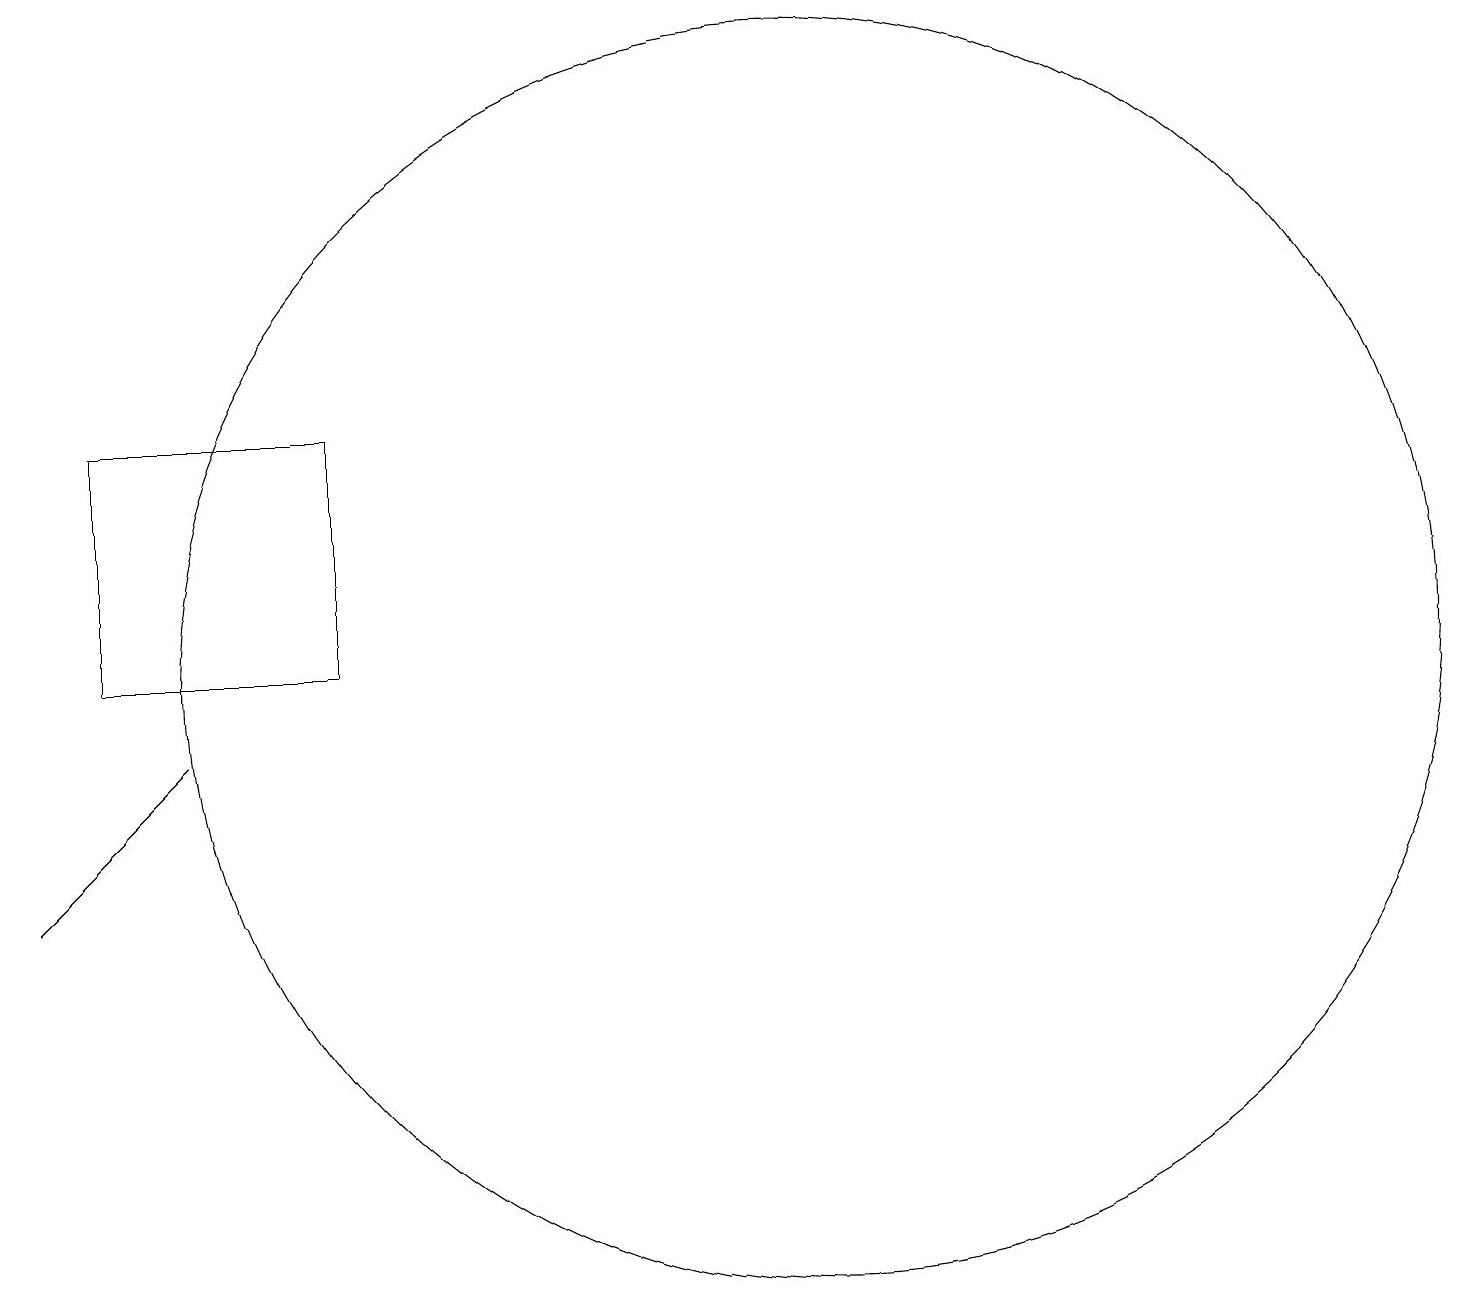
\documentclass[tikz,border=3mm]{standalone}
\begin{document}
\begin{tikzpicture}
\draw (1,10) rectangle (4,13);
\draw (10,10) circle (8);
\draw (1,8) -- (0,7) -- (2,9) -- cycle;
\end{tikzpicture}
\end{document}